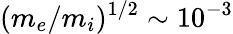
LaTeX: (m_{e}/m_{i})^{1/2}\sim 10^{-3}